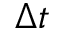
\Delta { t }